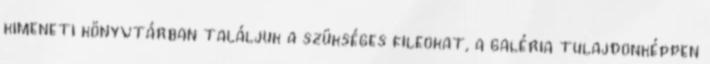
kimeneti könyvtárban találjuk a szükséges fileokat, a galéria tulajdonképpen